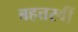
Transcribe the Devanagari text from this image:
बहत्तरवीं